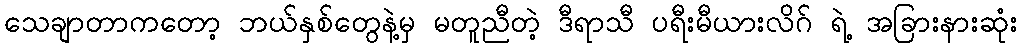
သေချာတာကတော့ ဘယ်နှစ်တွေနဲ့မှ မတူညီတဲ့ ဒီရာသီ ပရီးမီယားလိဂ် ရဲ့ အခြားနားဆုံး